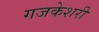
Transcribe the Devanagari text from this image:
गजकेशरी